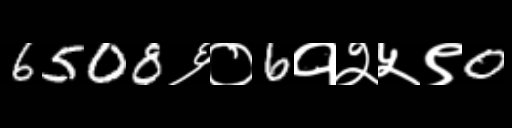
Text: 6508६०6१२५९0